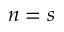
n = s